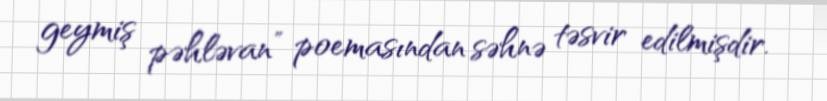
geymiş pəhləvan” poemasından səhnə təsvir edilmişdir.